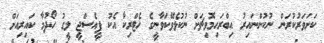
ކަށަވަރުކުރަން ނުކުންނައިރު އިބްރަހިމޮވިޗަށް ނުކުޅެވޭކަވާނީގެ ހެޓްރިކާ އެކު ޕީއެސްޖީ ލީގު ހޯދުމާ ކައިރިއަށް